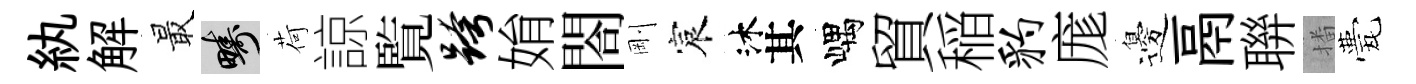
紈解最疇荷諒覧跨姢閤剛宸沐其嵎貿稲豹庬邊鬲聨播甍